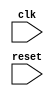
module timing_control_sync (
    input wire clk,
    input wire reset,
    // additional input/output ports for data transfers between processor core and bus interface
);

// Verilog code to be implemented here

endmodule